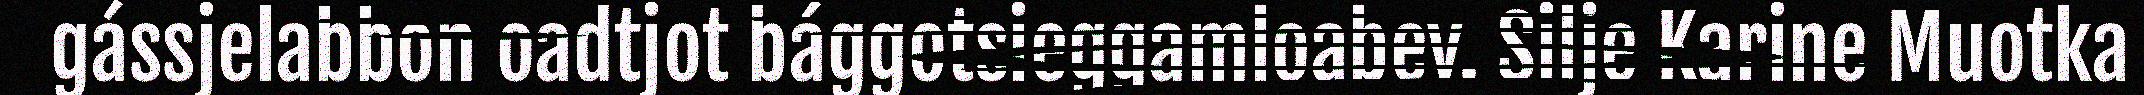
gássjelabbon oadtjot bággotsieggamloabev. Silje Karine Muotka